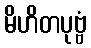
မိဟိတပုဗ္ဗံ